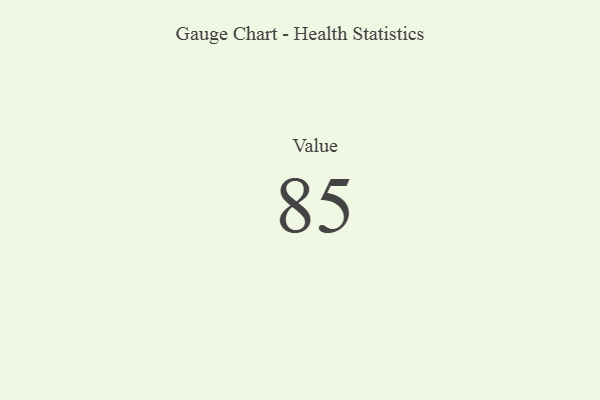
{"axis": {"x": "Metric", "y": "Value"}, "legend": [""], "data": [{"x": "Value", "y": 85, "type": ""}]}